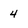
Character: 4